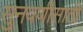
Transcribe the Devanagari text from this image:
सुनवणीसाठी